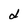
Character: d